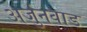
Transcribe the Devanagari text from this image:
अर्जुनवाड